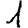
Digit: 1